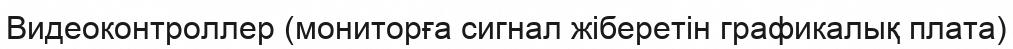
Видеоконтроллер (мониторға сигнал жіберетін графикалық плата)